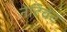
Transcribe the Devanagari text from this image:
नेटिवेट